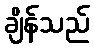
ချိန်သည်